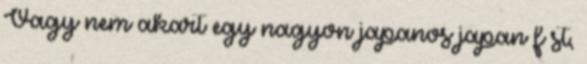
Vagy nem akart egy nagyon japanos japan f st,